Parnu-Viljandi_kinnistusamet, lk 28
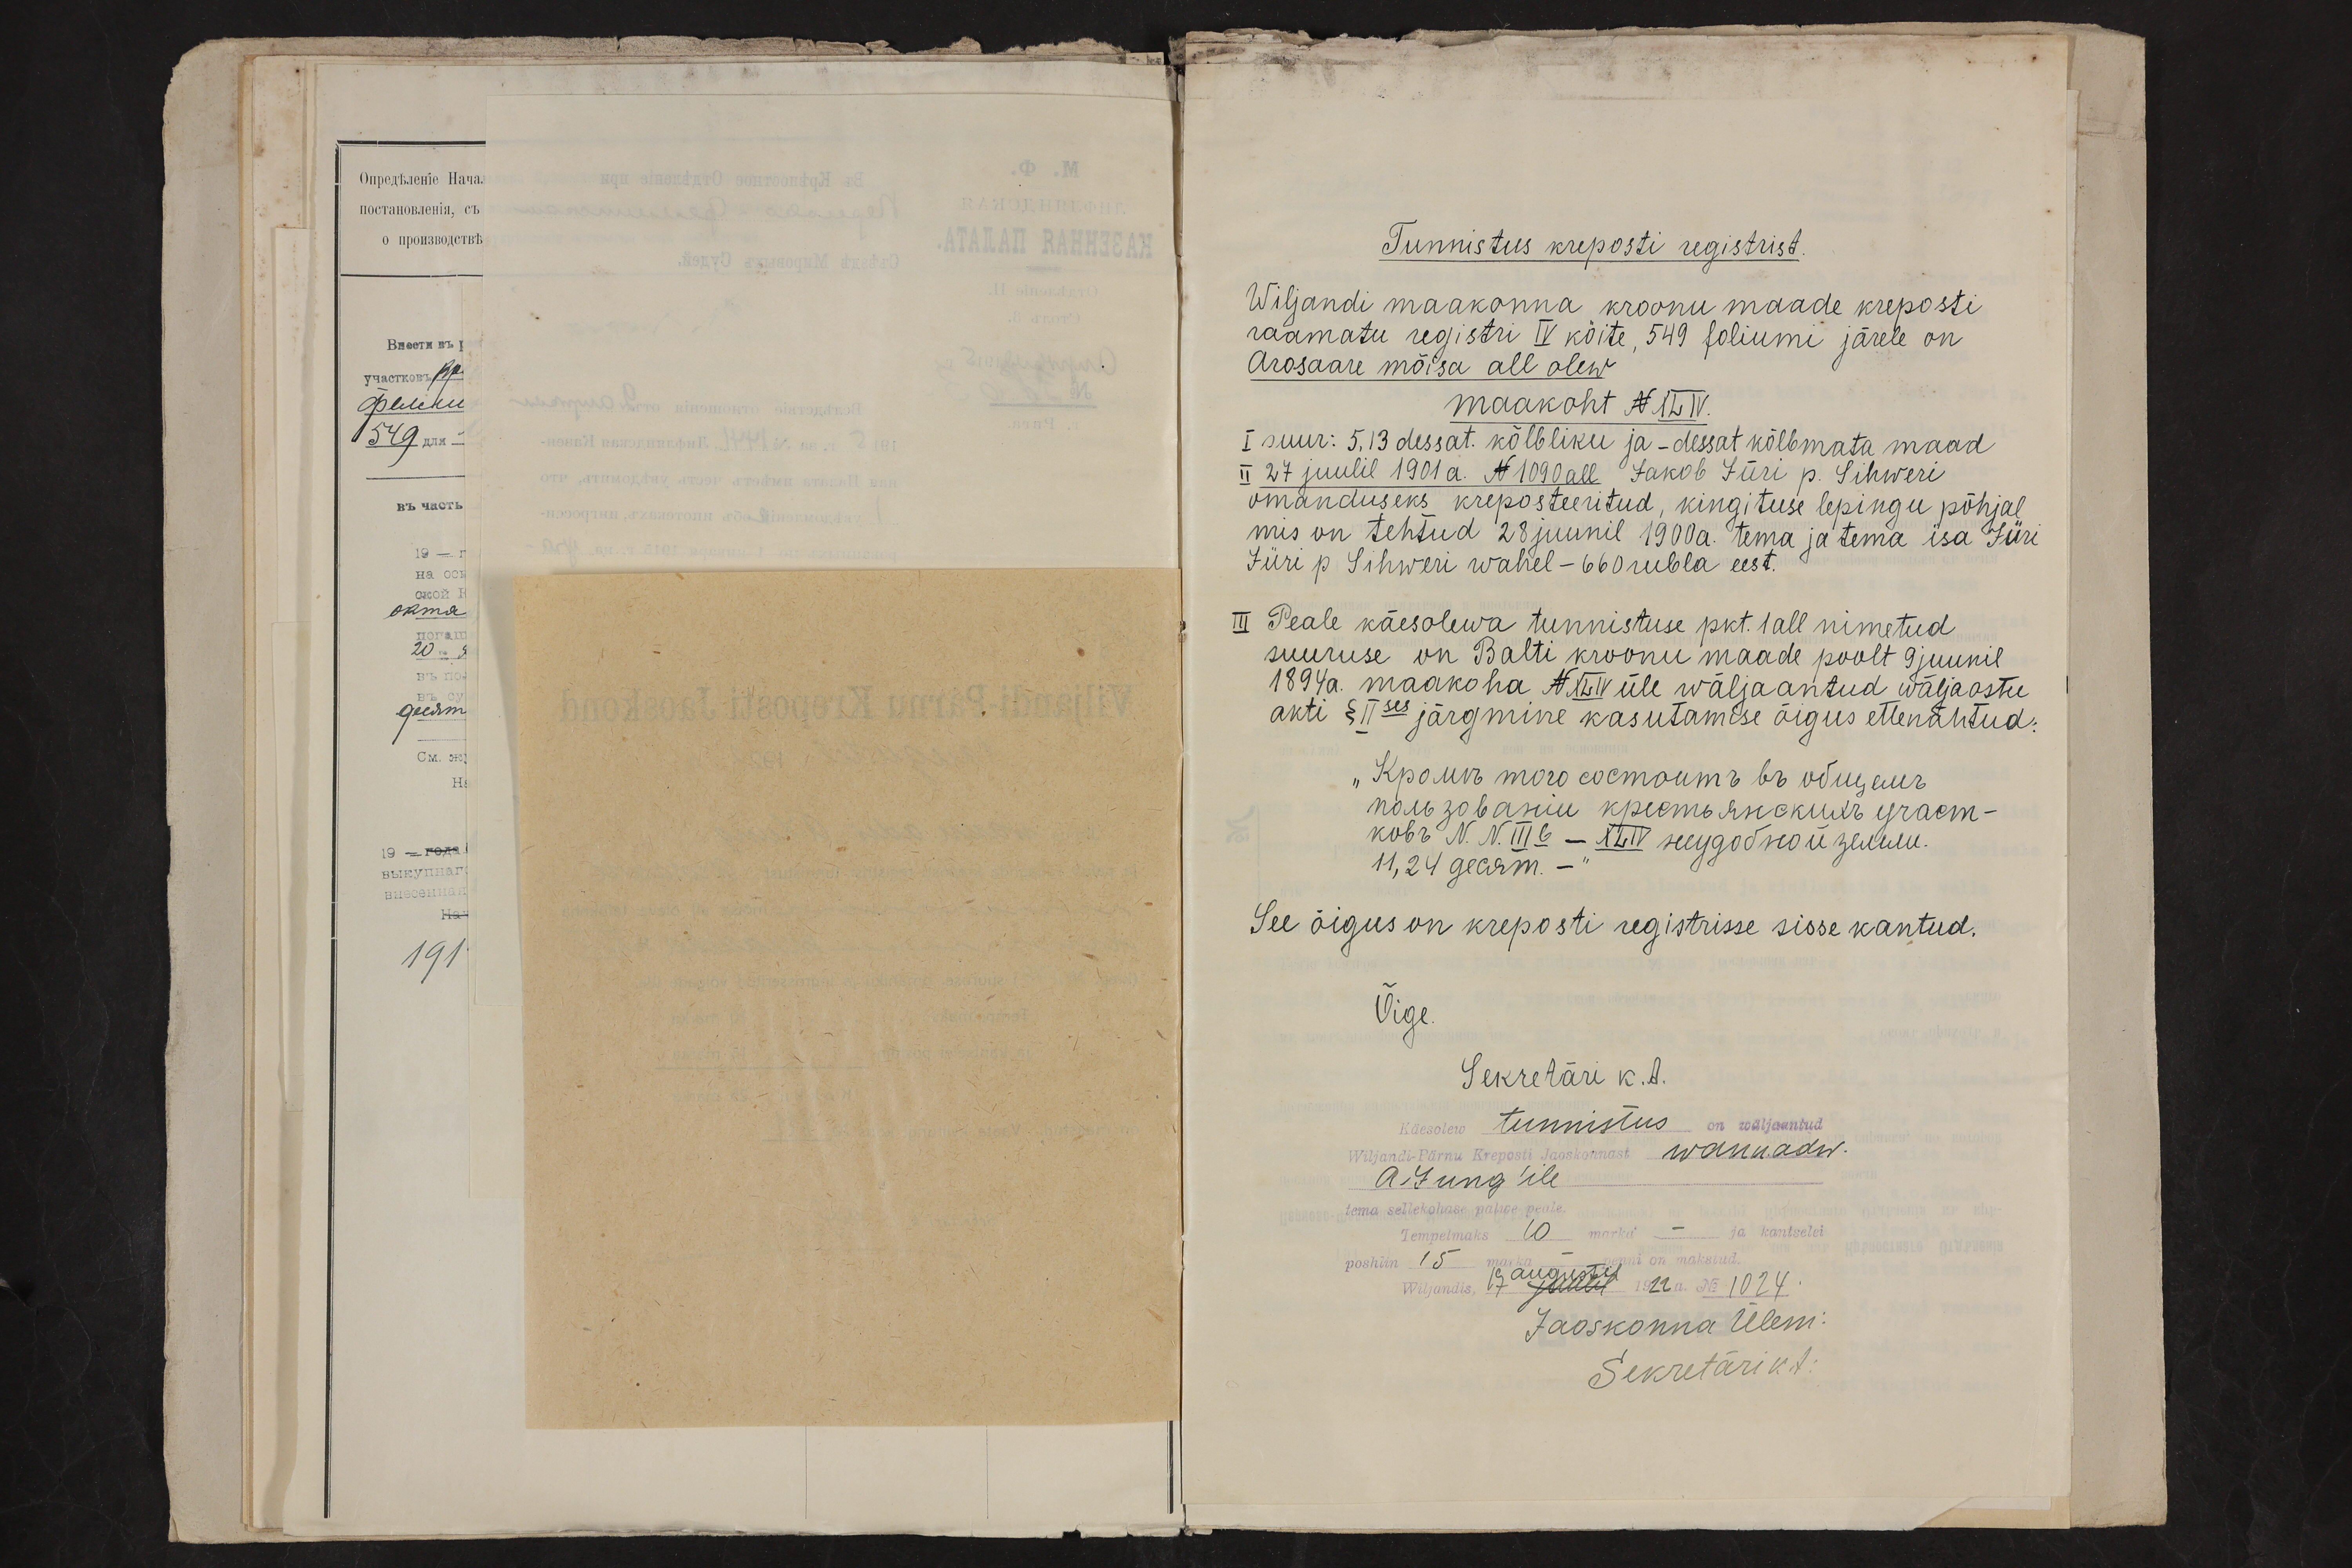
Tunnistus kreposti registrist.
Wiljandi maakonna kroonu maade kreposti
raamatu registri IV köite, 549 foliumi järele on
Arosaare mõisa all olew
maakoht N XLIV.
I suur: 5,13 dessat. kõlbliku ja - dessat kõlbmata maad
II 27 juulil 1901 a. N 1090 all Jakob Jüri p. Sihweri
omanduseks kreposteeritud, kingituse lepingu põhjal
mis on tehtud 28 juunil 1900 a. tema ja tema isa Jüri
Jüri p Sihweri wahel - 660 rubla eest.
III Peale käesolewa tunnistuse pkt. 1 all nimetud
suuruse on Balti kroonu maade poolt 9 juunil
1894 a. maakoha N XLIV üle wäljaantud wäljaostu
akti § IIses järgmine kasutamise õigus ettenähtud:
See õigus on kreposti registrisse sisse kantud.
Õige
Sekretäri k. t.
Käesolew tunnistus on wäljaantud
A Jung'ile
Wiljandi Pärnu Kreposti Jaoskonnast wann. adw.
tema sellekohase palwe peale.
Tempelmaks 10 marka - ja kantselei
poshlin 15 marka - penni on makstud
Wiljandis 17 augustil 1922 a. No 1024
Jaoskonna ülem
Sekretäri kt